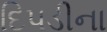
દિપડીના